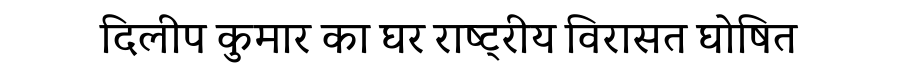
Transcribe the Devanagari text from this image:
दिलीप कुमार का घर राष्ट्रीय विरासत घोषित